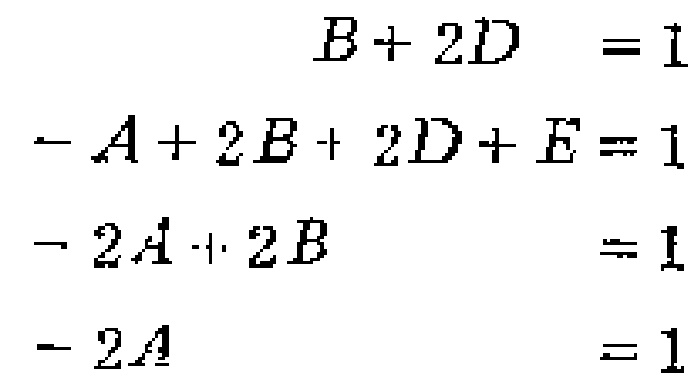
\begin{align*}

B + 2D &= 1\\

-A + 2B + 2D + E &= 1\\

-2A + 2B &= 1\\

-2A &= 1

\end{align*}